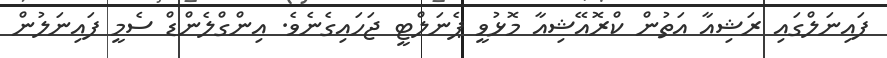
ފައިނަލްގައި ރަޝިއާ އަތުން ކްރޮއޭޝިއާ މޮޅުވީ ޕެނަލްޓީ ޖަހައިގެނެވެ. އިންގްލެންޑް ސެމީ ފައިނަލުން